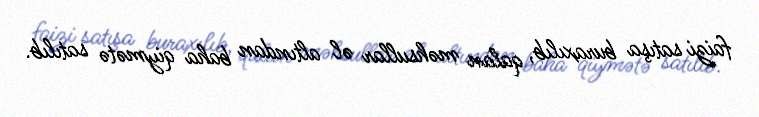
faizi satışa buraxılıb, qalan məhsullar əl altından baha qiymətə satılıb.